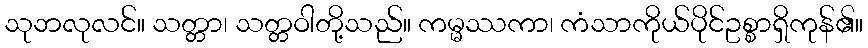
သုဘလုလင်။ သတ္တာ၊ သတ္တဝါတို့သည်။ ကမ္မဿကာ၊ ကံသာကိုယ်ပိုင်ဥစ္စာရှိကုန်၏။